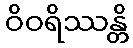
ဝိဝရိဿန္တိ